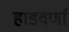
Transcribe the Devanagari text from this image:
हाडवर्णा